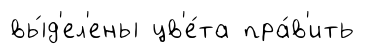
вы́д'ел'ены цв'е́та пра́в'ить